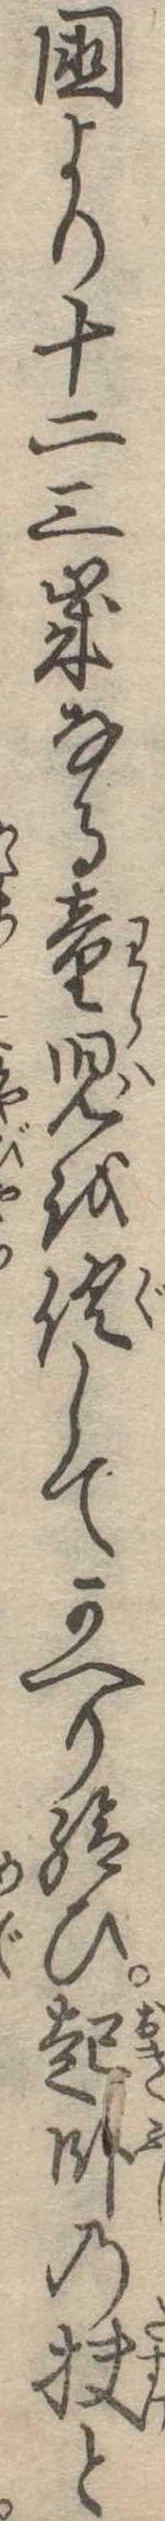
国より十二三歳なる童児を倶してかへり給ひ起臥の扶と